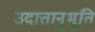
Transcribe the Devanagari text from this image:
उदात्तानुभूति